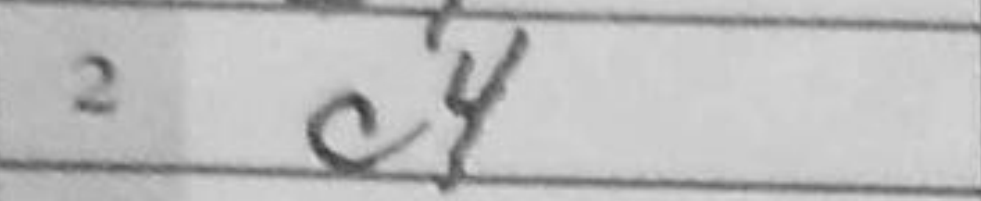
Transcription: c4